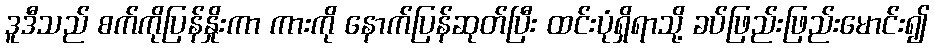
ဒူဒီသည် စက်ကိုပြန်နှိုးကာ ကားကို နောက်ပြန်ဆုတ်ပြီး ထင်းပုံရှိရာသို့ ခပ်ဖြည်းဖြည်းမောင်း၍